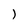
Character: 1